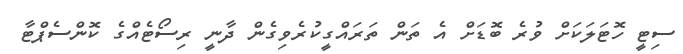
ސިޓީ ހޮޓަލަކަށް ވުރެ ބޮޑަށް އެ ތަން ތަރައްގީކުރެވިގެން ދާނީ ރިސޯޓެއްގެ ކޮންސެޕްޓާ